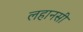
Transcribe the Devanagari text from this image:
लहानसी